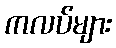
ကလပ်များ